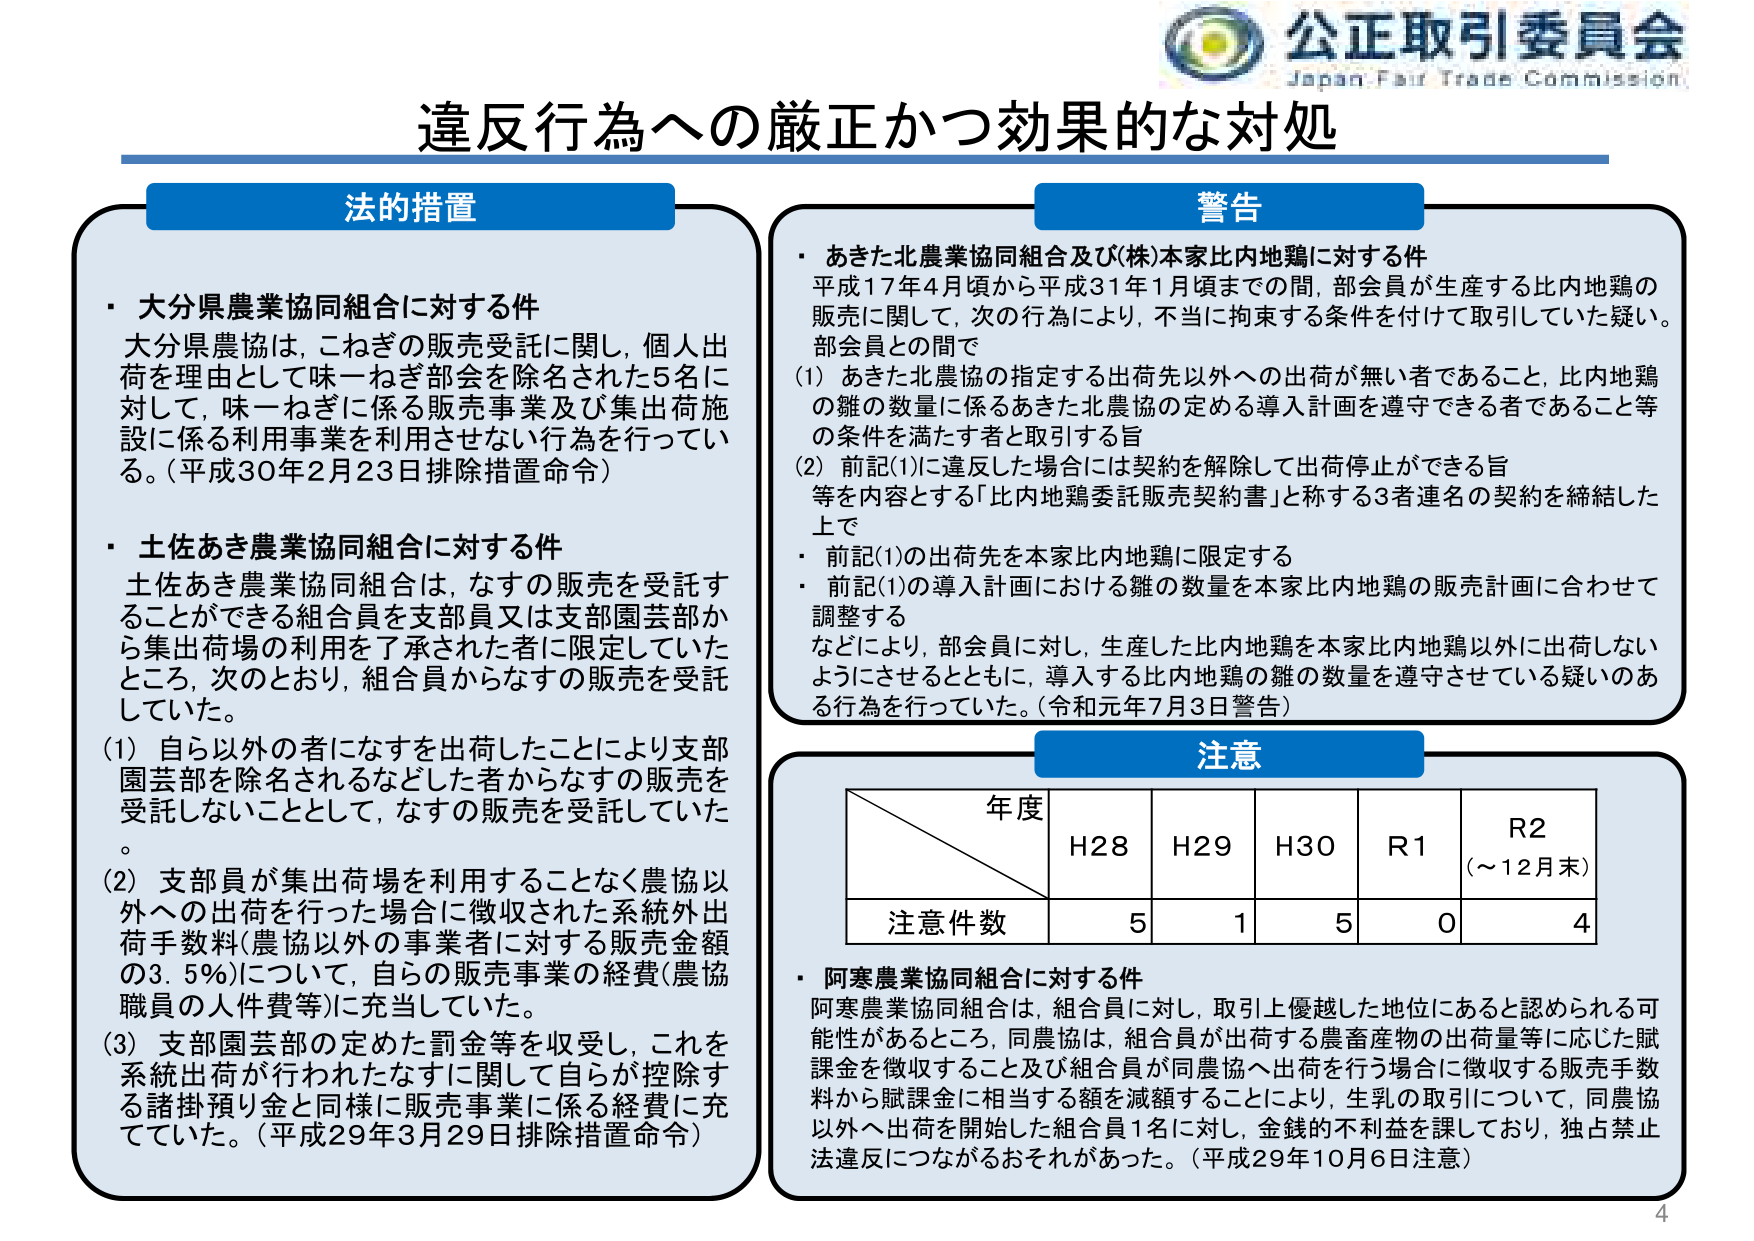
公正取引委員会
Japan Fair Trade Commission

違反行為への厳正かつ効果的な対処

法的措置
・大分県農業協同組合に対する件
大分県農協は、こねぎの販売受託に関し、個人出荷を理由として味一ねぎ部会を除名された5名に対して、味一ねぎに係る販売事業及び集出荷施設に係る利用事業を利用させない行為を行っている。（平成30年2月23日排除措置命令）

・土佐あき農業協同組合に対する件
土佐あき農業協同組合は、なすの販売を受託することができる組合員を支部員又は支部園芸部から集出荷場の利用を了承された者に限定していたところ、次のとおり、組合員からなすの販売を受託していた。
(1) 自ら以外の者になすを出荷したことにより支部園芸部を除名されるなどした者からなすの販売を受託しないこととして、なすの販売を受託していた。
(2) 支部員が集出荷場を利用することなく農協以外への出荷を行った場合に徴収された系統外出荷手数料（農協以外の事業者に対する販売金額の3.5％）について、自らの販売事業の経費（農協職員の人件費等）に充当していた。
(3) 支部園芸部の定めた罰金等を収受し、これを系統出荷が行われたなすに関して自らが控除する諸掛預り金と同様に販売事業に係る経費に充てていた。（平成29年3月29日排除措置命令）

警告
・あきた北農業協同組合及び(株)本家比内地鶏に対する件
平成17年4月頃から平成31年1月頃までの間、部会員が生産する比内地鶏の販売に関して、次の行為により、不当に拘束する条件を付けて取引していた疑い。
部会員との間で
(1) あきた北農協の指定する出荷先以外への出荷が無い者であること、比内地鶏の雛の数量に係るあきた北農協の定める導入計画を遵守できる者であること等の条件を満たす者と取引する旨
(2) 前記(1)に違反した場合には契約を解除して出荷停止ができる旨
等を内容とする「比内地鶏委託販売契約書」と称する3者連名の契約を締結した上で
・前記(1)の出荷先を本家比内地鶏に限定する
・前記(1)の導入計画における雛の数量を本家比内地鶏の販売計画に合わせて調整する
などにより、部会員に対し、生産した比内地鶏を本家比内地鶏以外に出荷しないようにさせるとともに、導入する比内地鶏の雛の数量を遵守させている疑いのある行為を行っていた。（令和元年7月3日警告）

注意
年度　　H28　　H29　　H30　　R1　　R2（～12月末）
注意件数　5　　　1　　　5　　　0　　　4

・阿寒農業協同組合に対する件
阿寒農業協同組合は、組合員に対し、取引上優越した地位にあると認められる可能性があるところ、同農協は、組合員が出荷する農畜産物の出荷量等に応じた賦課金を徴収すること及び組合員が同農協へ出荷を行う場合に徴収する販売手数料から賦課金に相当する額を減額することにより、生乳の取引について、同農協以外へ出荷を開始した組合員1名に対し、金銭的不利益を課しており、独占禁止法違反につながるおそれがあった。（平成29年10月6日注意）

4